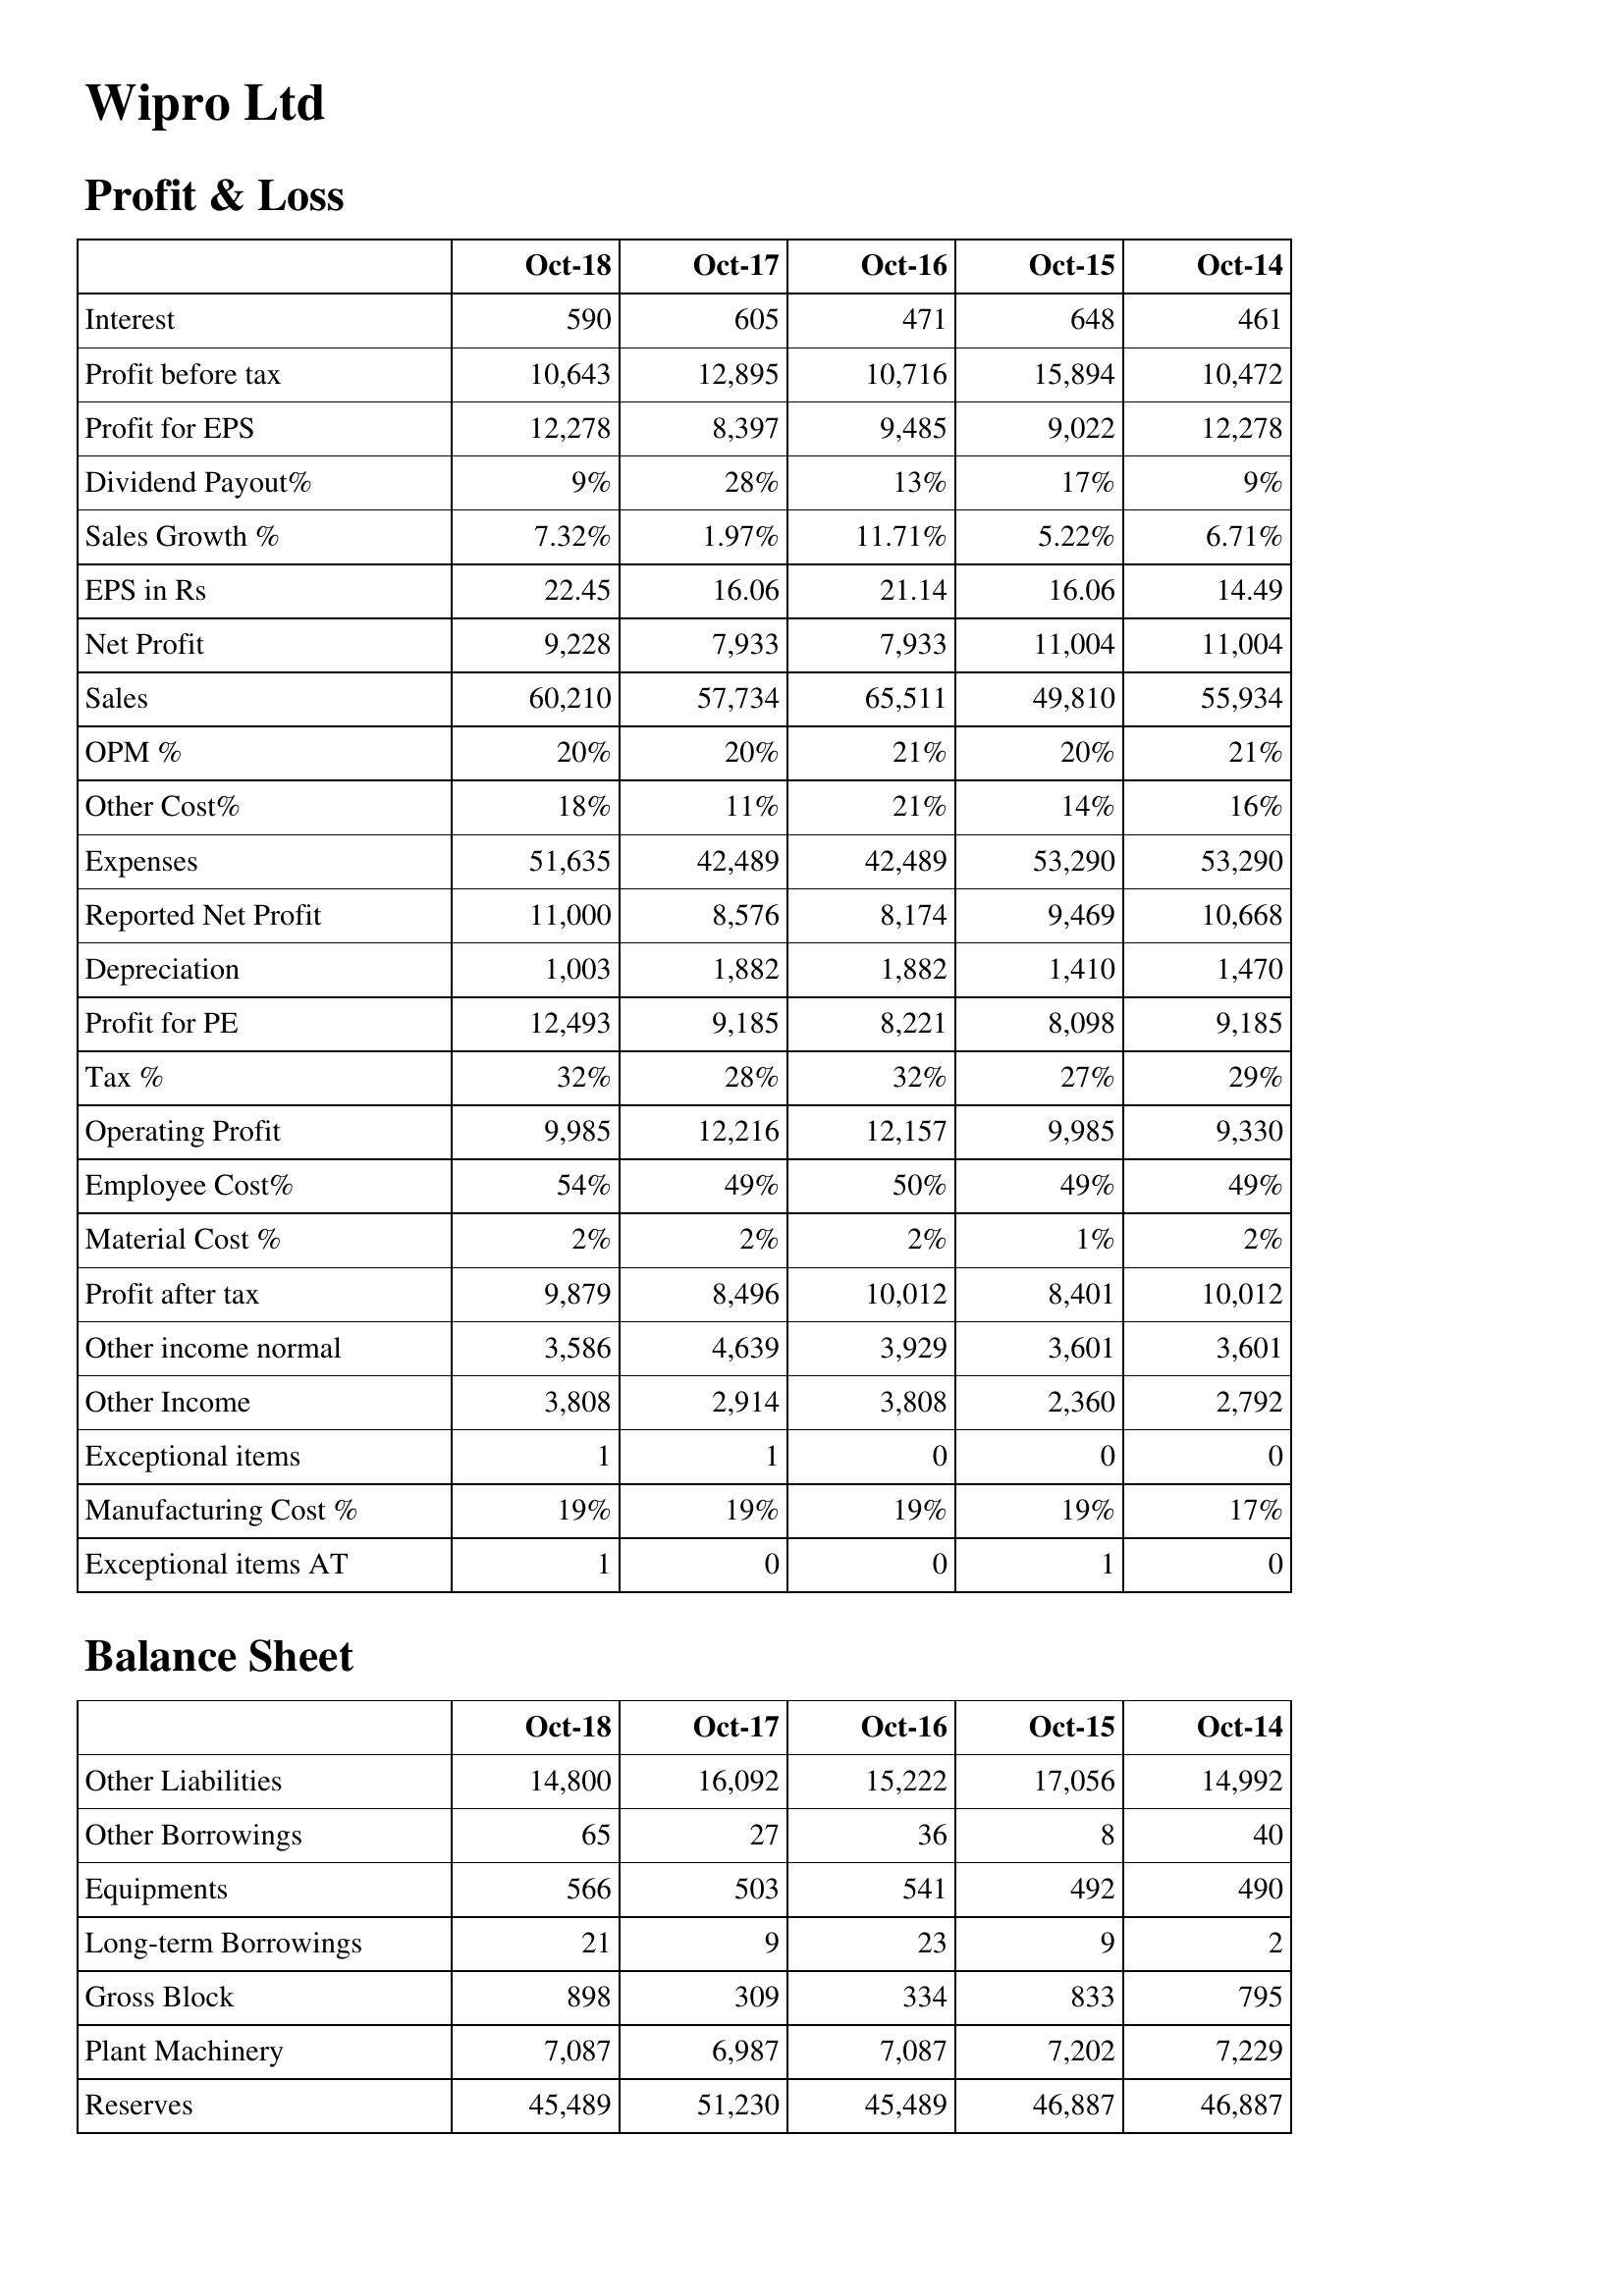
Oct-18: Profit & Loss: Interest: 590
Profit before tax: 10,643
Profit for EPS: 12,278
Dividend Payout%: 9%
Sales Growth %: 7.32%
EPS in Rs: 22.45
Net Profit: 9,228
Sales: 60,210
OPM %: 20%
Other Cost%: 18%
Expenses: 51,635
Reported Net Profit: 11,000
Depreciation: 1,003
Profit for PE: 12,493
Tax %: 32%
Operating Profit: 9,985
Employee Cost%: 54%
Material Cost %: 2%
Profit after tax: 9,879
Other income normal: 3,586
Other Income: 3,808
Exceptional items: 1
Manufacturing Cost %: 19%
Exceptional items AT: 1
Balance Sheet: Other Liabilities: 14,800
Other Borrowings: 65
Equipments: 566
Long-term Borrowings: 21
Gross Block: 898
Plant Machinery: 7,087
Reserves: 45,489
Oct-17: Profit & Loss: Interest: 605
Profit before tax: 12,895
Profit for EPS: 8,397
Dividend Payout%: 28%
Sales Growth %: 1.97%
EPS in Rs: 16.06
Net Profit: 7,933
Sales: 57,734
OPM %: 20%
Other Cost%: 11%
Expenses: 42,489
Reported Net Profit: 8,576
Depreciation: 1,882
Profit for PE: 9,185
Tax %: 28%
Operating Profit: 12,216
Employee Cost%: 49%
Material Cost %: 2%
Profit after tax: 8,496
Other income normal: 4,639
Other Income: 2,914
Exceptional items: 1
Manufacturing Cost %: 19%
Exceptional items AT: 0
Balance Sheet: Other Liabilities: 16,092
Other Borrowings: 27
Equipments: 503
Long-term Borrowings: 9
Gross Block: 309
Plant Machinery: 6,987
Reserves: 51,230
Oct-16: Profit & Loss: Interest: 471
Profit before tax: 10,716
Profit for EPS: 9,485
Dividend Payout%: 13%
Sales Growth %: 11.71%
EPS in Rs: 21.14
Net Profit: 7,933
Sales: 65,511
OPM %: 21%
Other Cost%: 21%
Expenses: 42,489
Reported Net Profit: 8,174
Depreciation: 1,882
Profit for PE: 8,221
Tax %: 32%
Operating Profit: 12,157
Employee Cost%: 50%
Material Cost %: 2%
Profit after tax: 10,012
Other income normal: 3,929
Other Income: 3,808
Exceptional items: 0
Manufacturing Cost %: 19%
Exceptional items AT: 0
Balance Sheet: Other Liabilities: 15,222
Other Borrowings: 36
Equipments: 541
Long-term Borrowings: 23
Gross Block: 334
Plant Machinery: 7,087
Reserves: 45,489
Oct-15: Profit & Loss: Interest: 648
Profit before tax: 15,894
Profit for EPS: 9,022
Dividend Payout%: 17%
Sales Growth %: 5.22%
EPS in Rs: 16.06
Net Profit: 11,004
Sales: 49,810
OPM %: 20%
Other Cost%: 14%
Expenses: 53,290
Reported Net Profit: 9,469
Depreciation: 1,410
Profit for PE: 8,098
Tax %: 27%
Operating Profit: 9,985
Employee Cost%: 49%
Material Cost %: 1%
Profit after tax: 8,401
Other income normal: 3,601
Other Income: 2,360
Exceptional items: 0
Manufacturing Cost %: 19%
Exceptional items AT: 1
Balance Sheet: Other Liabilities: 17,056
Other Borrowings: 8
Equipments: 492
Long-term Borrowings: 9
Gross Block: 833
Plant Machinery: 7,202
Reserves: 46,887
Oct-14: Profit & Loss: Interest: 461
Profit before tax: 10,472
Profit for EPS: 12,278
Dividend Payout%: 9%
Sales Growth %: 6.71%
EPS in Rs: 14.49
Net Profit: 11,004
Sales: 55,934
OPM %: 21%
Other Cost%: 16%
Expenses: 53,290
Reported Net Profit: 10,668
Depreciation: 1,470
Profit for PE: 9,185
Tax %: 29%
Operating Profit: 9,330
Employee Cost%: 49%
Material Cost %: 2%
Profit after tax: 10,012
Other income normal: 3,601
Other Income: 2,792
Exceptional items: 0
Manufacturing Cost %: 17%
Exceptional items AT: 0
Balance Sheet: Other Liabilities: 14,992
Other Borrowings: 40
Equipments: 490
Long-term Borrowings: 2
Gross Block: 795
Plant Machinery: 7,229
Reserves: 46,887